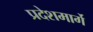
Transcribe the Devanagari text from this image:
प्रदेशमार्गे